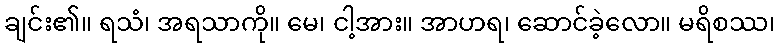
ချင်း၏။ ရသံ၊ အရသာကို။ မေ၊ ငါ့အား။ အာဟရ၊ ဆောင်ခဲ့လော။ မရိစဿ၊